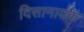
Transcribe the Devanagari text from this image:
दिसानायके